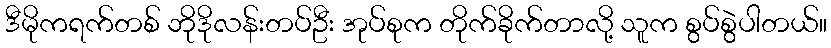
ဒီမိုကရက်တစ် ဘိုဒိုလန်းတပ်ဦး အုပ်စုက တိုက်ခိုက်တာလို့ သူက စွပ်စွဲပါတယ်။